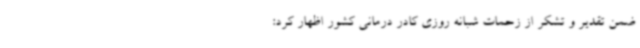
ضمن تقدیر و تشکر از زحمات شبانه روزی کادر درمانی کشور اظهار کرد: